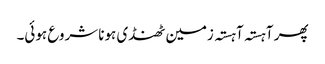
پھر آہستہ آہستہ زمین ٹھنڈی ہونا شروع ہوئی۔